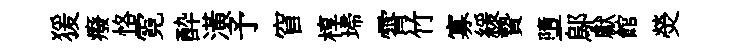
猨癈恪霓酔潢予窅椁埽霄竹寡緩贄墮鄔獻館熒